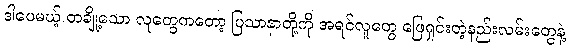
ဒါပေမယ့် တချို့သော လူတွေကတော့ ပြသာနာတို့ကို အရင်လူတွေ ဖြေရှင်းတဲ့နည်းလမ်းတွေနဲ့